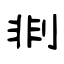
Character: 剕